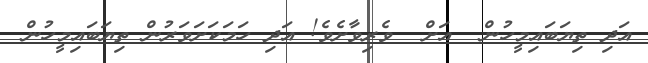
އަދި ތިޔަބައިމީހުން  އަށް  ވެރިވާށެވެ! އަދި ހަމަކަށަވަރުން ތިޔަބައިމީހުން